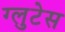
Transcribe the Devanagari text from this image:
ग्लुटेस